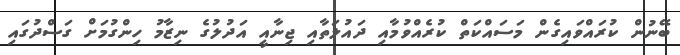
ބޭނުން ކުރައްވައިގެން މަސައްކަތް ކުރެއްވުމާއި ދައުލަތާއި ޖިނާއީ އަދުލުގެ ނިޒާމު ހިންގުމަށް ގަސްދުގައި